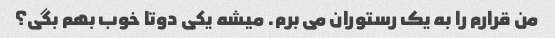
من قرارم را به یک رستوران می برم. میشه یکی دوتا خوب بهم بگی؟